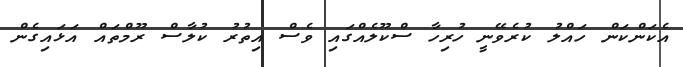
އެކަންކަން ހައްލު ކުރެވޭނީ ހުރިހާ ސްކޫލެއްގައި ވެސް އިތުރު ކުލާސް ރޫމްތައް އަޅައިގެން